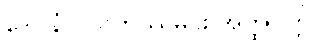
ဒေဝါနံ ပိယတိဿမင်း အတ္ထုပ္ပတ္တိ